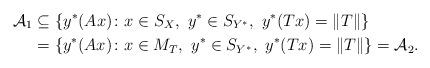
LaTeX: \begin{align*}\mathcal{A}_1 &\subseteq \{y^*(Ax)\colon x\in S_X, \ y^*\in S_{Y^*}, \ y^*(Tx)=\|T\|\} \\& = \{y^*(Ax)\colon x\in M_T, \ y^*\in S_{Y^*}, \ y^*(Tx)=\|T\|\}=\mathcal{A}_2.\end{align*}